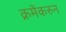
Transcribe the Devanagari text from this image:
क्रमेंकरुन